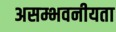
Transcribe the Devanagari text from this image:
असम्भवनीयता